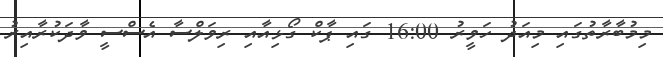
މިމުބާރާތުގައި މިއަދު ހަވީރު 16:00 ގައި ޕާކް ގޯޅިއާއި ރިވަލްސާ އެސްސީ ވާދަކުރާއިރު